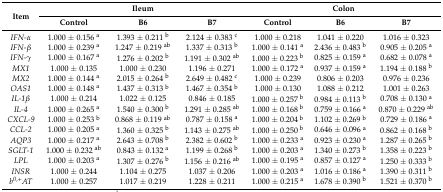
<table><thead><tr><td rowspan="2"><b>Item</b></td><td colspan="3"><b>Ileum</b></td><td colspan="3"><b>Colon</b></td></tr><tr><td><b>Control</b></td><td><b>B6</b></td><td><b>B7</b></td><td><b>Control</b></td><td><b>B6</b></td><td><b>B7</b></td></tr></thead><tbody><tr><td><i>IFN-α</i></td><td>1.000 ± 0.156 <sup>a</sup></td><td>1.393 ± 0.211 <sup>b</sup></td><td>2.124 ± 0.383 <sup>c</sup></td><td>1.000 ± 0.218</td><td>1.041 ± 0.220</td><td>1.016 ± 0.323</td></tr><tr><td><i>IFN-β</i></td><td>1.000 ± 0.239 <sup>a</sup></td><td>1.247 ± 0.219 <sup>ab</sup></td><td>1.337 ± 0.313 <sup>b</sup></td><td>1.000 ± 0.141 <sup>a</sup></td><td>2.436 ± 0.483 <sup>b</sup></td><td>0.905 ± 0.205 <sup>a</sup></td></tr><tr><td><i>IFN-γ</i></td><td>1.000 ± 0.167 <sup>a</sup></td><td>1.276 ± 0.202 <sup>b</sup></td><td>1.191 ± 0.302 <sup>ab</sup></td><td>1.000 ± 0.223 <sup>b</sup></td><td>0.825 ± 0.159 <sup>a</sup></td><td>0.682 ± 0.078 <sup>a</sup></td></tr><tr><td><i>MX1</i></td><td>1.000 ± 0.135</td><td>1.000 ± 0.230</td><td>1.196 ± 0.271</td><td>1.000 ± 0.172 <sup>a</sup></td><td>0.937 ± 0.159 <sup>a</sup></td><td>1.194 ± 0.188 <sup>b</sup></td></tr><tr><td><i>MX2</i></td><td>1.000 ± 0.144 <sup>a</sup></td><td>2.015 ± 0.264 <sup>b</sup></td><td>2.649 ± 0.482 <sup>c</sup></td><td>1.000 ± 0.239</td><td>0.806 ± 0.203</td><td>0.976 ± 0.236</td></tr><tr><td><i>OAS1</i></td><td>1.000 ± 0.148 <sup>a</sup></td><td>1.437 ± 0.313 <sup>b</sup></td><td>1.467 ± 0.354 <sup>b</sup></td><td>1.000 ± 0.130</td><td>1.088 ± 0.212</td><td>1.001 ± 0.263</td></tr><tr><td><i>IL-1β</i></td><td>1.000 ± 0.214</td><td>1.022 ± 0.125</td><td>0.846 ± 0.185</td><td>1.000 ± 0.257 <sup>b</sup></td><td>0.984 ± 0.113 <sup>b</sup></td><td>0.708 ± 0.130 <sup>a</sup></td></tr><tr><td><i>IL-4</i></td><td>1.000 ± 0.265 <sup>a</sup></td><td>1.540 ± 0.300 <sup>b</sup></td><td>1.291 ± 0.285 <sup>ab</sup></td><td>1.000 ± 0.168 <sup>b</sup></td><td>0.759 ± 0.166 <sup>a</sup></td><td>0.870 ± 0.229 <sup>ab</sup></td></tr><tr><td><i>CXCL-9</i></td><td>1.000 ± 0.253 <sup>b</sup></td><td>0.868 ± 0.119 <sup>ab</sup></td><td>0.787 ± 0.158 <sup>a</sup></td><td>1.000 ± 0.204 <sup>b</sup></td><td>1.102 ± 0.269 <sup>b</sup></td><td>0.729 ± 0.186 <sup>a</sup></td></tr><tr><td><i>CCL-2</i></td><td>1.000 ± 0.205 <sup>a</sup></td><td>1.360 ± 0.325 <sup>b</sup></td><td>1.143 ± 0.275 <sup>ab</sup></td><td>1.000 ± 0.250 <sup>b</sup></td><td>0.646 ± 0.096 <sup>a</sup></td><td>0.862 ± 0.168 <sup>b</sup></td></tr><tr><td><i>AQP3</i></td><td>1.000 ± 0.217 <sup>a</sup></td><td>2.643 ± 0.708 <sup>b</sup></td><td>2.382 ± 0.602 <sup>b</sup></td><td>1.000 ± 0.233 <sup>a</sup></td><td>0.923 ± 0.230 <sup>a</sup></td><td>1.287 ± 0.265 <sup>b</sup></td></tr><tr><td><i>SGLT-1</i></td><td>1.000 ± 0.232 <sup>ab</sup></td><td>0.843 ± 0.132 <sup>a</sup></td><td>1.199 ± 0.268 <sup>b</sup></td><td>1.000 ± 0.203 <sup>a</sup></td><td>1.340 ± 0.273 <sup>b</sup></td><td>1.358 ± 0.223 <sup>b</sup></td></tr><tr><td><i>LPL</i></td><td>1.000 ± 0.203 <sup>a</sup></td><td>1.307 ± 0.276 <sup>b</sup></td><td>1.156 ± 0.216 <sup>ab</sup></td><td>1.000 ± 0.195 <sup>a</sup></td><td>0.857 ± 0.127 <sup>a</sup></td><td>1.250 ± 0.333 <sup>b</sup></td></tr><tr><td><i>INSR</i></td><td>1.000 ± 0.244</td><td>1.104 ± 0.275</td><td>1.037 ± 0.206</td><td>1.000 ± 0.203 <sup>a</sup></td><td>1.016 ± 0.186 <sup>a</sup></td><td>1.390 ± 0.311 <sup>b</sup></td></tr><tr><td><i>b<sup>0,+</sup>AT</i></td><td>1.000 ± 0.257</td><td>1.017 ± 0.219</td><td>1.228 ± 0.211</td><td>1.000 ± 0.215 <sup>a</sup></td><td>1.678 ± 0.390 <sup>b</sup></td><td>1.521 ± 0.370 <sup>b</sup></td></tr></tbody></table>